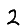
Digit: 2